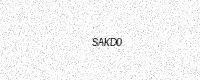
Text: SAKD0